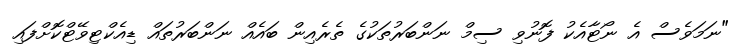
"ނަމަވެސް އެ ނޯޓާއެކު ފޮނުވި ސިމް ނަންބަރުތަކުގެ ތެރެއިން ބައެއް ނަންބަރުތައް ޑިއެކްޓިވޭޓްކޮށްފައި